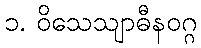
၁. ဝိသေသျာဓီနဝဂ္ဂ